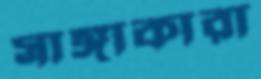
সাঙ্গাকারা